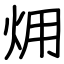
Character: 㶲